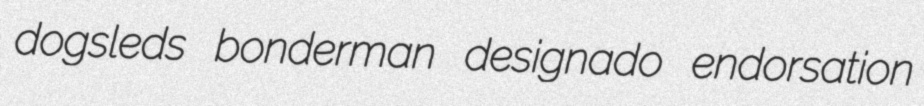
dogsleds bonderman designado endorsation